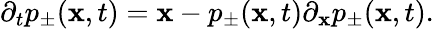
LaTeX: \partial_{t}p_{\pm}(\mathbf{x},t)=\mathbf{x}-p_{\pm}(\mathbf{x},t)\partial_{\mathbf{x}}p_{\pm}(\mathbf{x},t).